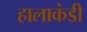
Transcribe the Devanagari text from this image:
हालाकंडी